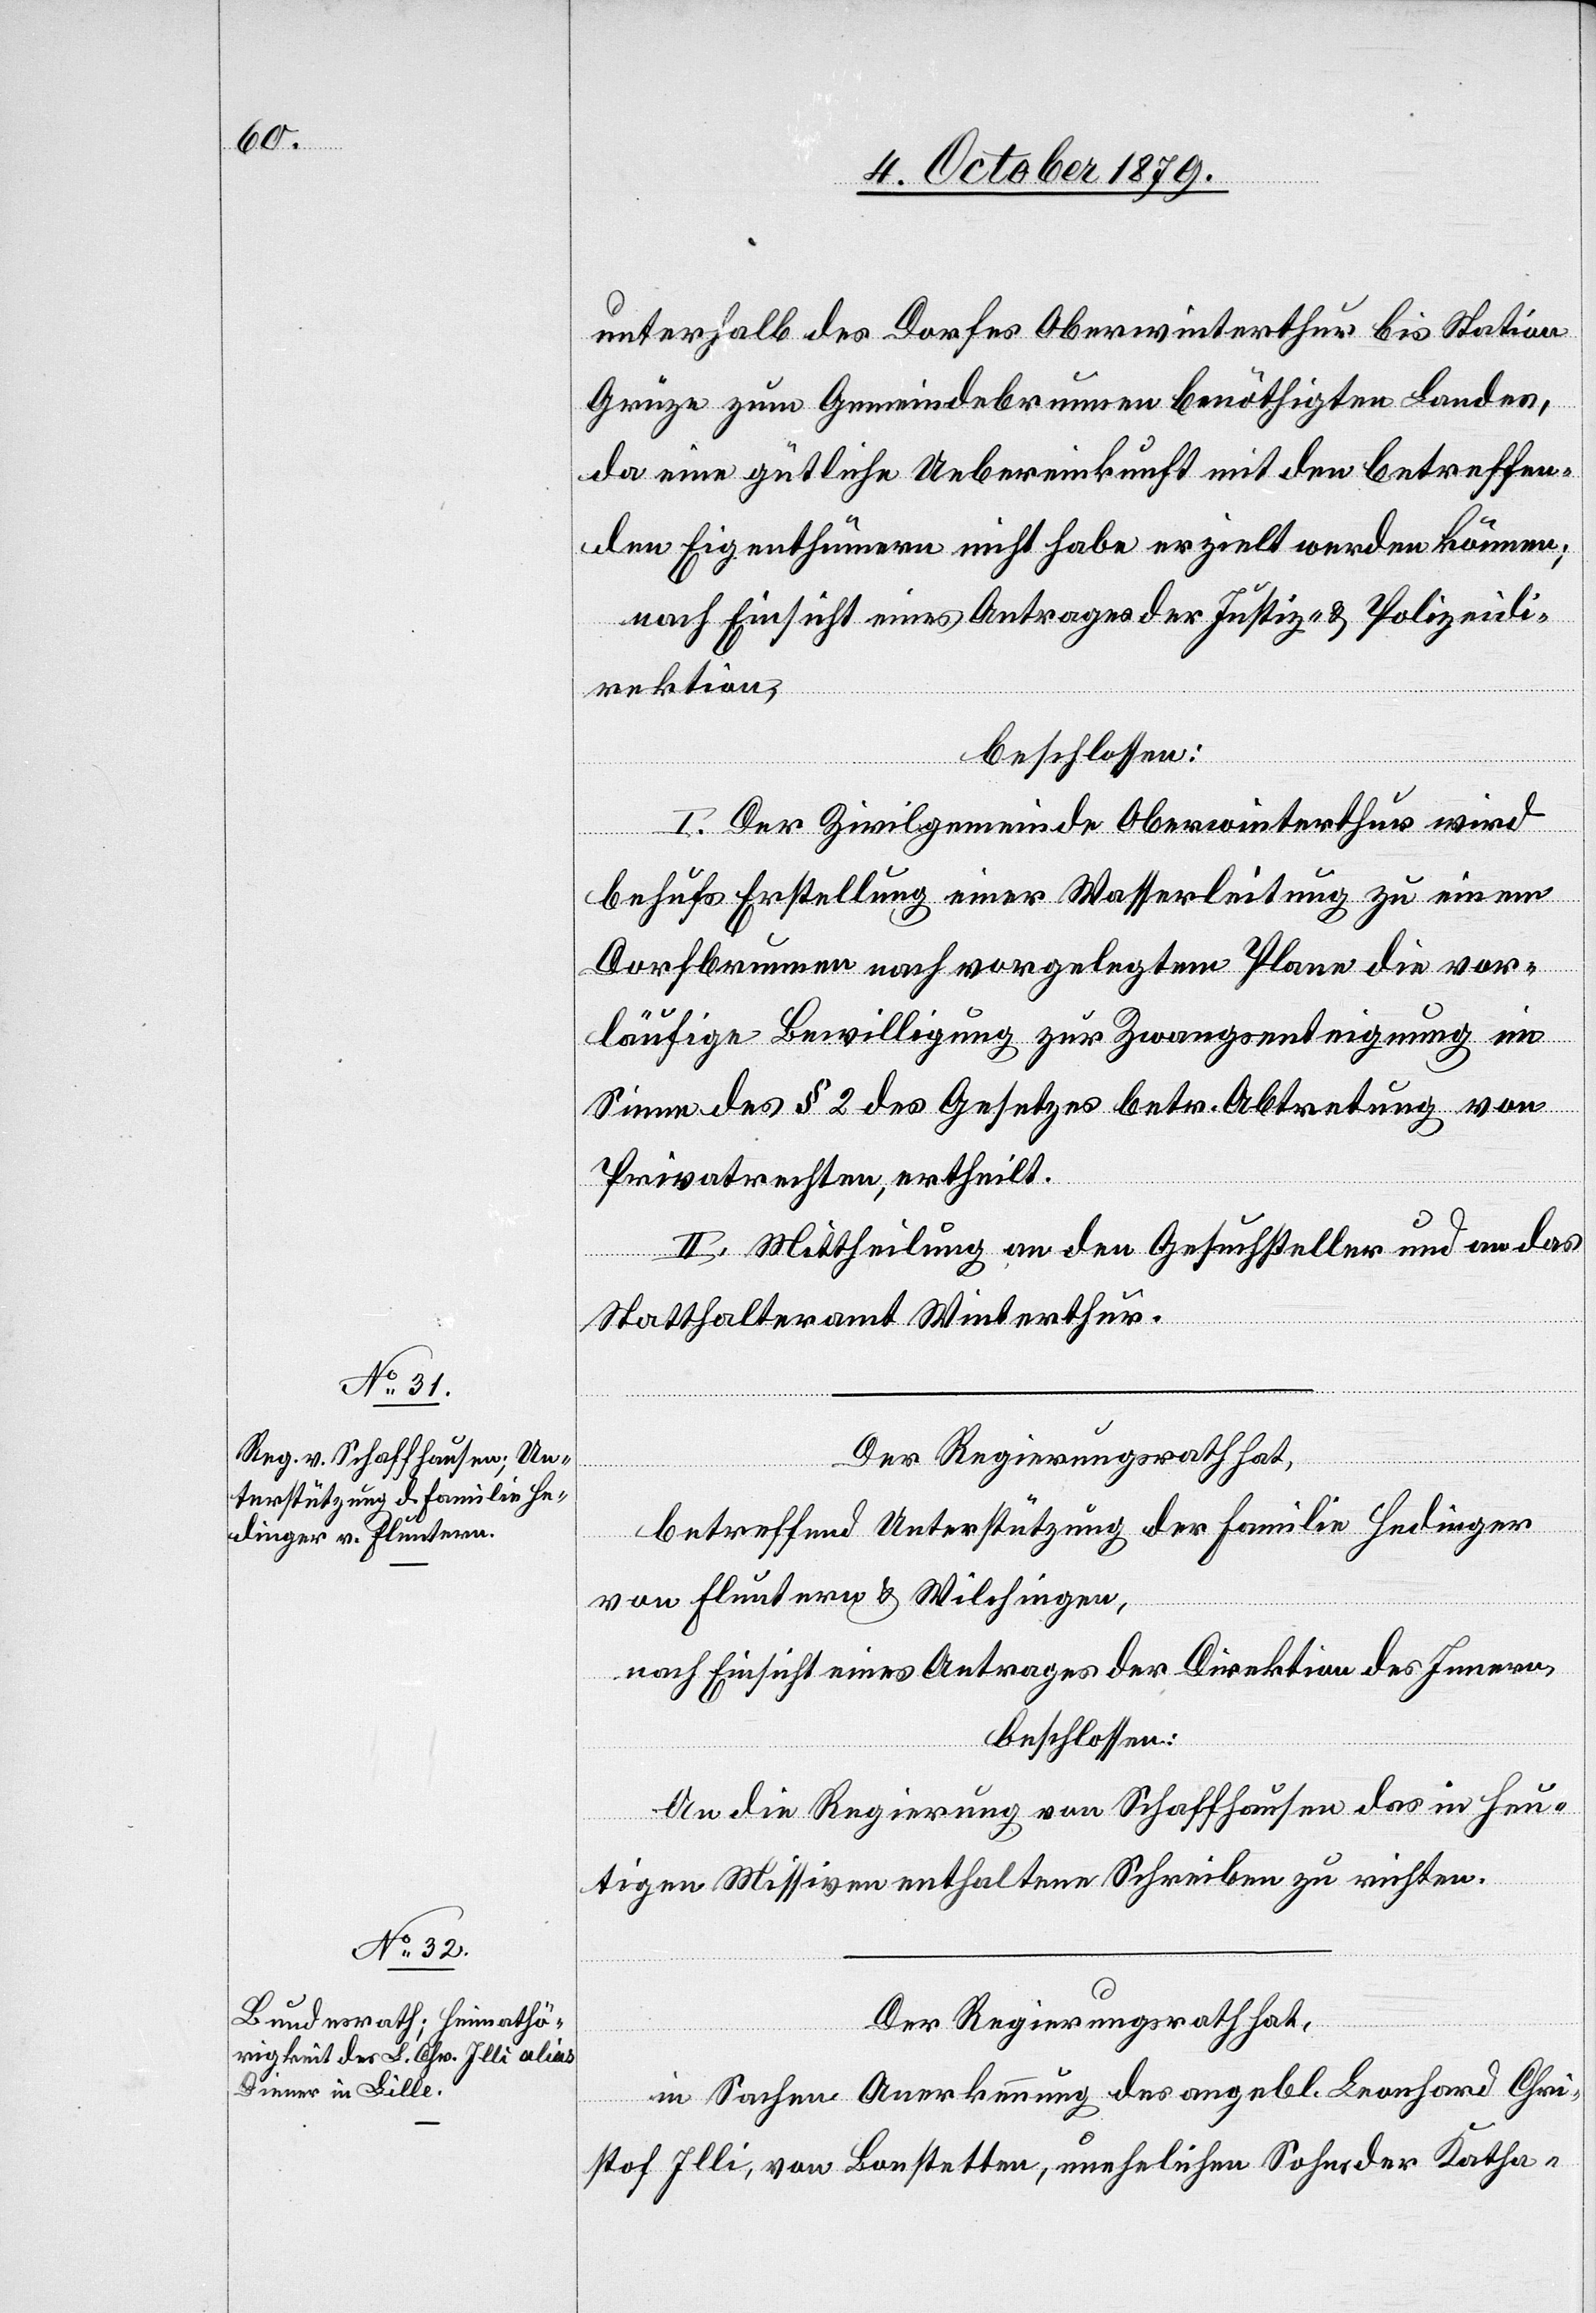
unterhalb des Dorfes Oberwinterthur bis Station
Grüze zum Gemeindebrunnen benöthigten Landen,
da eine gütliche Uebereinkunft mit den betreffen¬
den Eigenthuemern nicht habe erzielt werden können;
nach Einsicht eines Antrages der Justiz- & Polizeidi¬
rektion
beschlossen:
I. Der Zivilgemeinde Oberwinterthur wird
behufs Erstellung einer Wasserleitung zu einem
Dorfbrunnen nach vorgelegtem Plan die vor¬
läufige Bewilligung zur Zwangsenteignung im
Sinne des § 2 des Gesetzes betr. Abtretung von
Privatrechten, ertheilt.
II. Mittheilung an den Gesuchsteller und an das
Statthalteramt Winterthur.
Der Regierungsrath hat,
betreffend Unterstützung der Familie Hedinger
von Fluntern & Wilchingen,
nach Einsicht eines Antrages der Direktion des Innern,
beschlossen:
An die Regierung von Schaffhausen das in heu¬
tigen Missiven enthaltene Schreiben zu richten.
Der Regierungsrath hat,
in Sachen Anerkennung des angebl. Leonhard Chri¬
stof Illi, von Bonstetten, unehelichen Sohns der Katha-